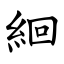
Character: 絗